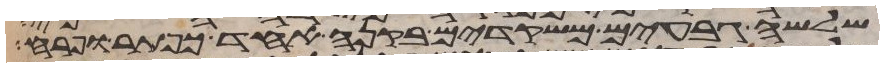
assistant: שלשה גבעים משקדים בקנה אחד כפתר ופרח